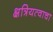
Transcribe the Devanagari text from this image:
क्षत्रियत्वाचा